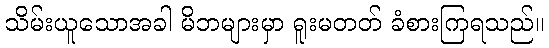
သိမ်းယူသောအခါ မိဘများမှာ ရူးမတတ် ခံစားကြရသည်။